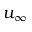
u _ { \infty }